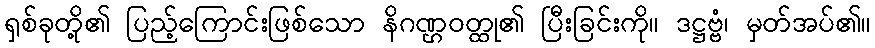
ရှစ်ခုတို့၏ ပြည့်ကြောင်းဖြစ်သော နိဂဏ္ဌဝတ္ထု၏ ပြီးခြင်းကို။ ဒဋ္ဌဗ္ဗံ၊ မှတ်အပ်၏။